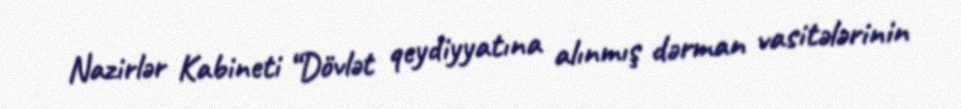
Nazirlər Kabineti “Dövlət qeydiyyatına alınmış dərman vasitələrinin